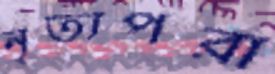
নৃত্যপরা